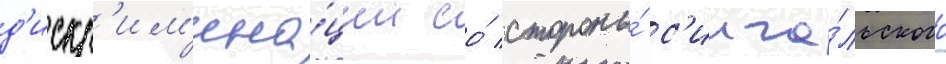
д'искр'им'ина́ции со́ стороны́ с'инга́льского